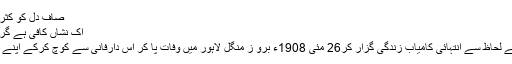
صاف دل کو کثرت ِاعجاز کی حاجت نہیں
اک نشاں کافی ہے گر دل میں ہو خوف ِکردگار
آپ اپنے روحانی مشن کے لحاظ سے انتہائی کامیاب زندگی گزار کر26 مئی 1908ء برو ز منگل لاہور میں وفات پا کر اس دارفانی سے کوچ کرکے اپنے خالق حقیقی سے جا ملے۔